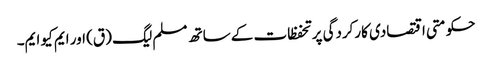
حکومتی اقتصادی کارکردگی پر تحفظات کے ساتھ مسلم لیگ (ق) اور ایم کیو ایم۔